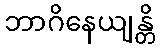
ဘာဂိနေယျန္တိ